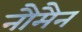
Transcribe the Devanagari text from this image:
नौमैन